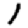
Digit: 1